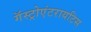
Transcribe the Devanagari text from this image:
गॅस्ट्रोएंटरायटिस